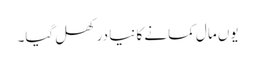
یوں مال کمانے کا نیا در کھل گیا۔